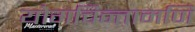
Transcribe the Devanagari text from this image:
योगचिन्तामणि